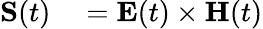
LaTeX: \begin{array}{rl}{\mathbf{S}(t)}&{{}=\mathbf{E}(t)\times\mathbf{H}(t)}\end{array}